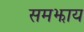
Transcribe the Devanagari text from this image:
समझाय